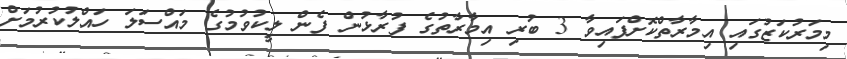
މިމަރުކަޒުގައި އިމާރާތްކޮށްފައިވާ 3 ބުރި އިމާރާތުގެ ފުރާޅުން ފެން ލީކުވުމުގެ މައްސަލަ ހައްލުކުރުމަށް